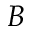
\boldsymbol { B }